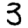
Digit: 3